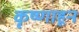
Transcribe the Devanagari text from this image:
कृष्णाहून